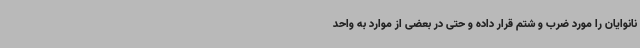
نانوایان را مورد ضرب و شتم قرار داده و حتی در بعضی از موارد به واحد